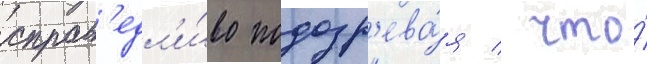
справ'едл'и́во подозр'ева́я / что́